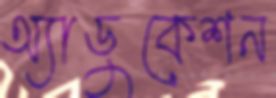
অ্যাডুকেশন